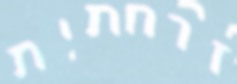
זרחתית